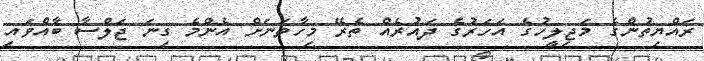
ރައްޔިތުންގެ މަޖިލީހުގެ އަހަރުގެ ދައުރެއް ތެރޭ މިހާތަނަށް އެންމެ ގިނަ ޖަލްސާ ބާއްވައި